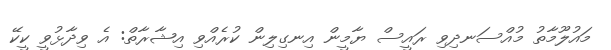
މައުލޫމާތު މުއްސަނދިވި ރައީސް ޔާމީން އިނގިލިން ކުރެއްވި އިޝާރާތް: އެ ވިދާޅުވީ ކީކޭ